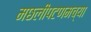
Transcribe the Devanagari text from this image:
मछलीपटणमच्या